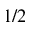
1 / 2